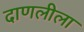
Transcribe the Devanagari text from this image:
दाणलीला